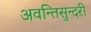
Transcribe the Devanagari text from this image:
अवन्तिसुन्दरी